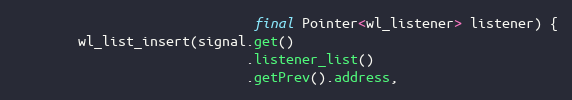
Language: Java
                              final Pointer<wl_listener> listener) {
        wl_list_insert(signal.get()
                             .listener_list()
                             .getPrev().address,